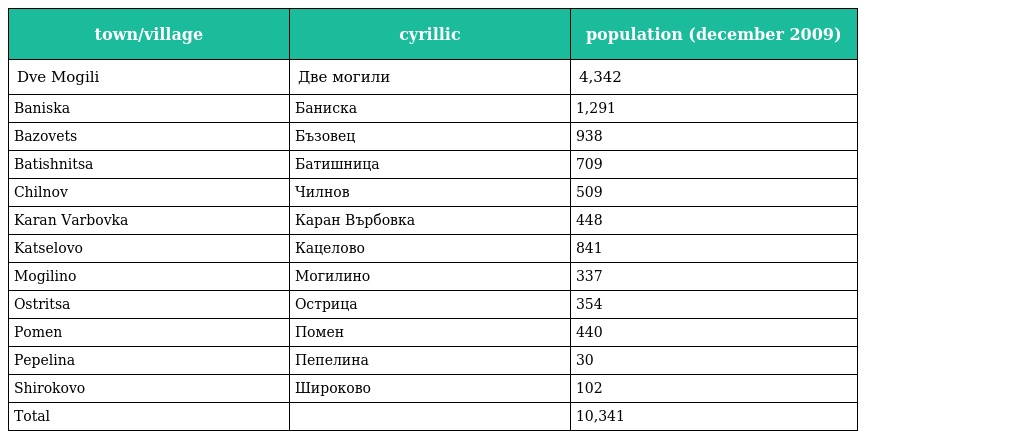
| town/village | cyrillic | population (december 2009) |
 | --- | --- | --- |
 | Dve Mogili | Две могили | 4,342 |
 | Baniska | Баниска | 1,291 |
 | Bazovets | Бъзовец | 938 |
 | Batishnitsa | Батишница | 709 |
 | Chilnov | Чилнов | 509 |
 | Karan Varbovka | Каран Върбовка | 448 |
 | Katselovo | Кацелово | 841 |
 | Mogilino | Могилино | 337 |
 | Ostritsa | Острица | 354 |
 | Pomen | Помен | 440 |
 | Pepelina | Пепелина | 30 |
 | Shirokovo | Широково | 102 |
 | Total |  | 10,341 |